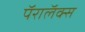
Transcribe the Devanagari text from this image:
पॅरालॅक्स